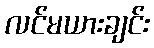
လင်မယားချင်း